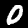
Digit: 0